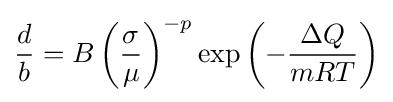
{\frac {d}{b}}=B\left({\frac {\sigma }{\mu }}\right)^{-p}\exp \left(-{\frac {\Delta Q}{mRT}}\right)